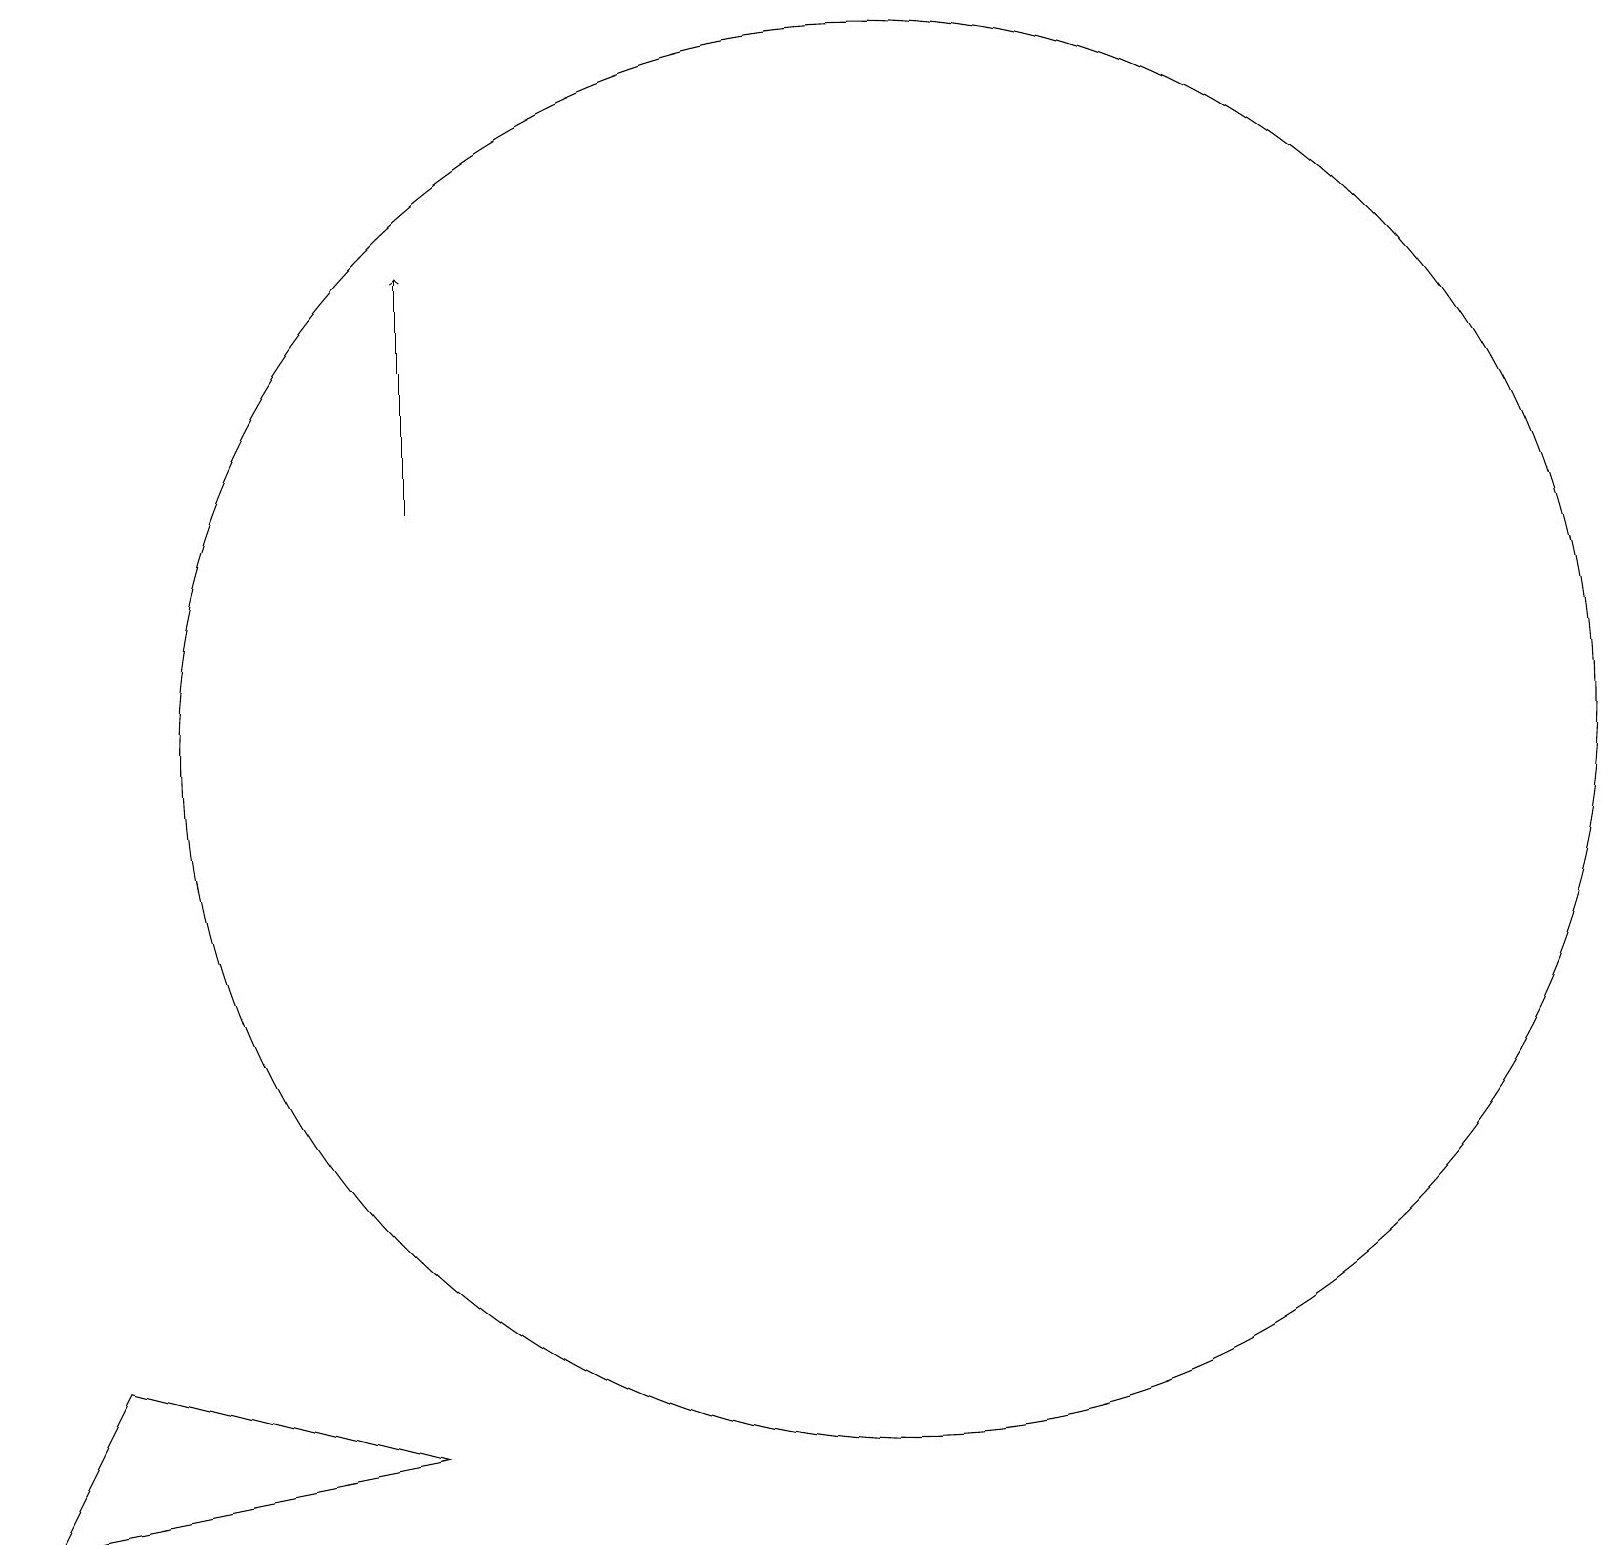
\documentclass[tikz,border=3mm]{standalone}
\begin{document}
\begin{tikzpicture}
\draw[->] (5,14) -- (5,17);
\draw (11,11) circle (9);
\draw (1,3) -- (0,1) -- (5,2) -- cycle;
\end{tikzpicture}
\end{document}